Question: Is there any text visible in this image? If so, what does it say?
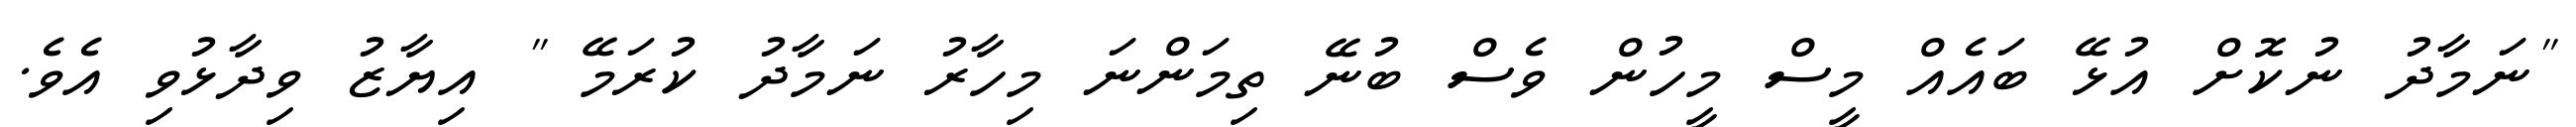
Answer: "ނަމާދު ނުކޮށް އުޅޭ ބައެއް މީސް މީހުން ވެސް ބުނޭ ތިމަންނަ މިހާރު ނަމާދު ކުރަމޭ " އިޔާޒު ވިދާޅުވި އެވެ.